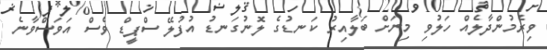
ވިރެމުންދާލެއް ހަލުވި މިނަށް ބަލާއިރު ކަނޑުގެ ލޮނުގަނޑު އުފުލޭ ސްޕީޑް ވެސް އަވަސްވާނެ